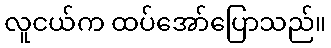
လူငယ်က ထပ်အော်ပြောသည်။